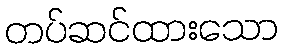
တပ်ဆင်ထားသော